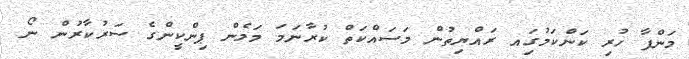
މަންފާ ހުރި ކަންކަމުގަިއ ރައްޔިތުން މަސައްކަތް ކުރާނަމަ މަމެން ޕިންކީންގެ ސަރުކާރުން ނޯ